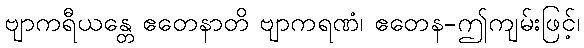
ဗျာကရီယန္တေ ဧတေနာတိ ဗျာကရဏံ၊ ဧတေန-ဤကျမ်းဖြင့်၊